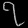
Digit: ၇